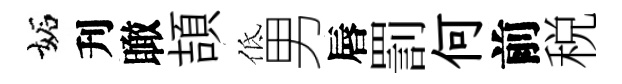
妬刋瞰頡低男唇罰何前税